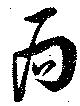
局